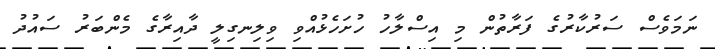
ނަމަވެސް ސަރުކާރުގެ ފަރާތުން މި އިސްލާހު ހުށަހެޅުއްވި ވިލިނގިލީ ދާއިރާގެ މެންބަރު ސައުދު